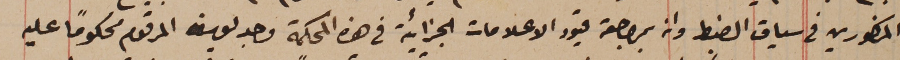
المذكورين فى سياق الضبط وان بمراجعة قيود الاعلامات الجزائية فى هذه المحكمة وجد يوسف المرقوم محكوماً عليه